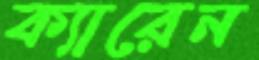
ক্যারেন